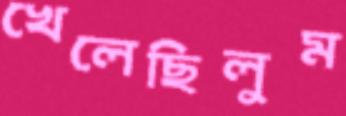
খেলেছিলুম